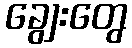
ချွေးတွေ